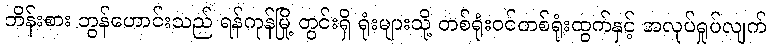
ဘိန်းစား ဘွန်ဟောင်းသည် ရန်ကုန်မြို့ တွင်းရှိ ရုံးများသို့ တစ်ရုံးဝင်တစ်ရုံးထွက်နှင့် အလုပ်ရှုပ်လျက်